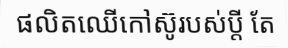
ផលិតឈើកៅស៊ូរបស់ប្តី តែ